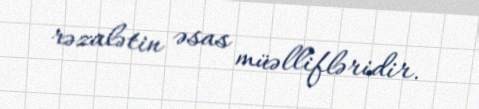
rəzalətin əsas müəllifləridir.